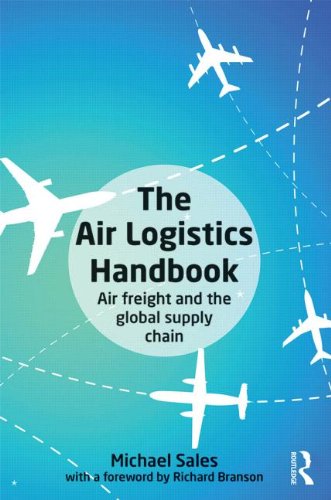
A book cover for The Air Logistics Handbook: Air Freight and the Global Supply Chain; Michael Sales; Business & Money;